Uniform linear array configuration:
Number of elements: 4
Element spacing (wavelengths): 1
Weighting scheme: binomial
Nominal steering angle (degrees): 60
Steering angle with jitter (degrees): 61.436
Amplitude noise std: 0.05
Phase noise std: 0.05

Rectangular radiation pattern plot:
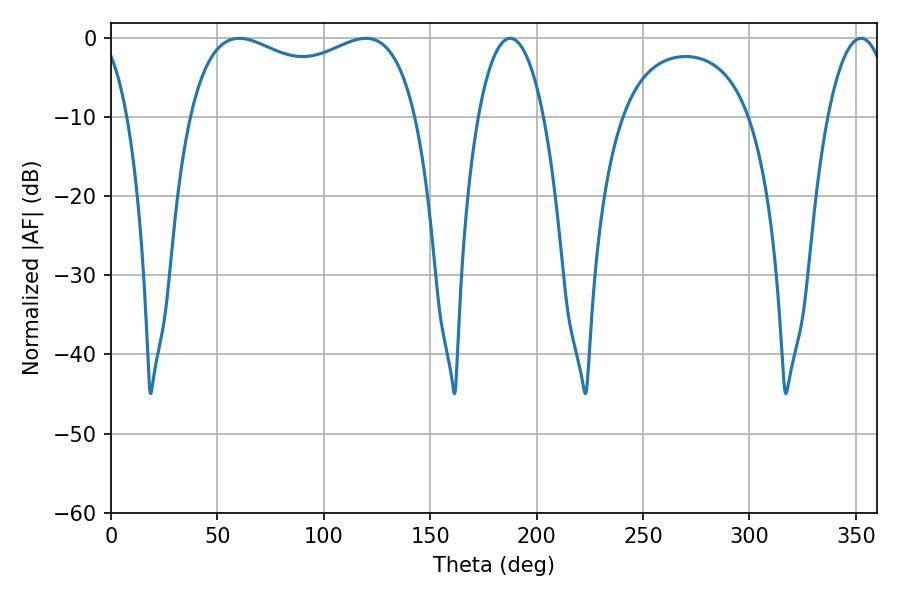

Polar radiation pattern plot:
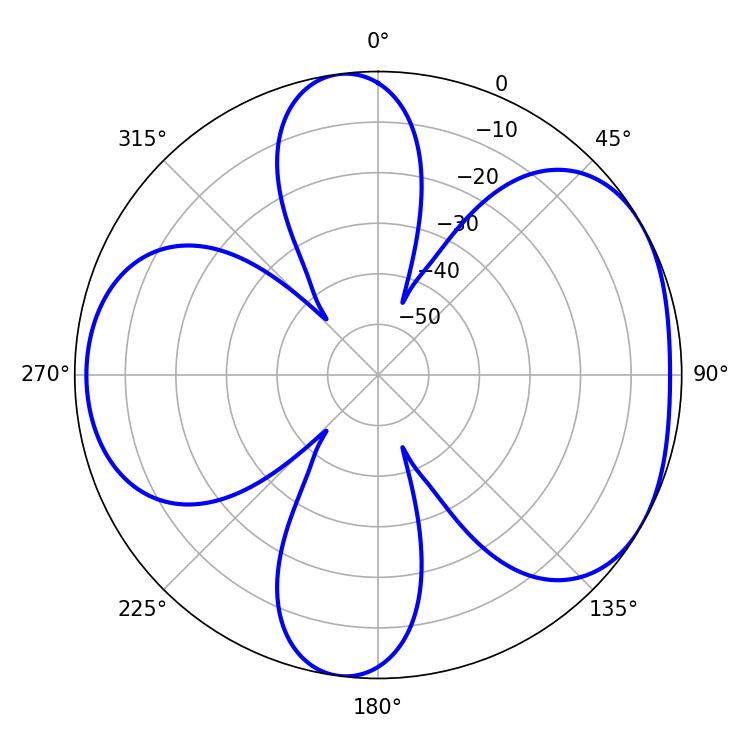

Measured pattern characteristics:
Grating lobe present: TRUE
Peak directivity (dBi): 4.827
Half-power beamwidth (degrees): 17.28
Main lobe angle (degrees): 187.56